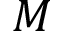
M